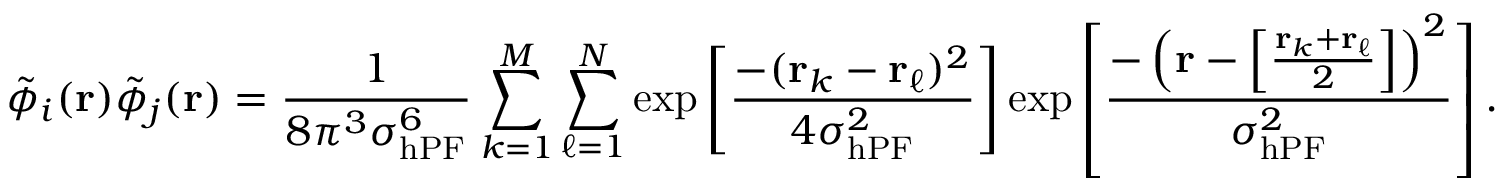
\tilde { \phi } _ { i } ( \mathbf { r } ) \tilde { \phi } _ { j } ( \mathbf { r } ) = \frac { 1 } { 8 \pi ^ { 3 } \sigma _ { \mathrm { h P F } } ^ { 6 } } \sum _ { k = 1 } ^ { M } \sum _ { \ell = 1 } ^ { N } \exp \left[ \frac { - ( \mathbf { r } _ { k } - \mathbf { r } _ { \ell } ) ^ { 2 } } { 4 \sigma _ { \mathrm { h P F } } ^ { 2 } } \right] \exp \left[ \frac { - \left( \mathbf { r } - \left[ \frac { \mathbf { r } _ { k } + \mathbf { r } _ { \ell } } { 2 } \right] \right) ^ { 2 } } { \sigma _ { \mathrm { h P F } } ^ { 2 } } \right] .